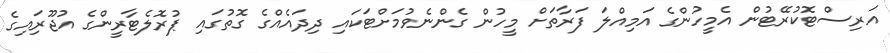
އަރިސްޓޮކުރޭޓުން އެމީހުންގެ އަމިއްލަ ފަރާތަށް މީހުން ގެންނެވުމަށްޓަކައި ދިދައެއްގެ ގޮތުގައި ޕުރޮލެޓާރީންގެ އުޖޫރަިއިގެ